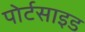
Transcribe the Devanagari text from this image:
पोर्टसाइड